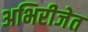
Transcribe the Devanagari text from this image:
अभिरीजेत